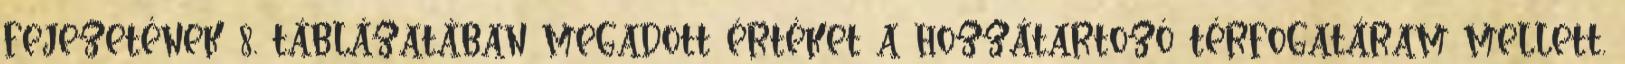
fejezetének 8. táblázatában megadott értéket a hozzátartozó térfogatáram mellett.